Tezpur Lunatic Asylum reports 1895-1904 - 1895-1904
Year: 1895
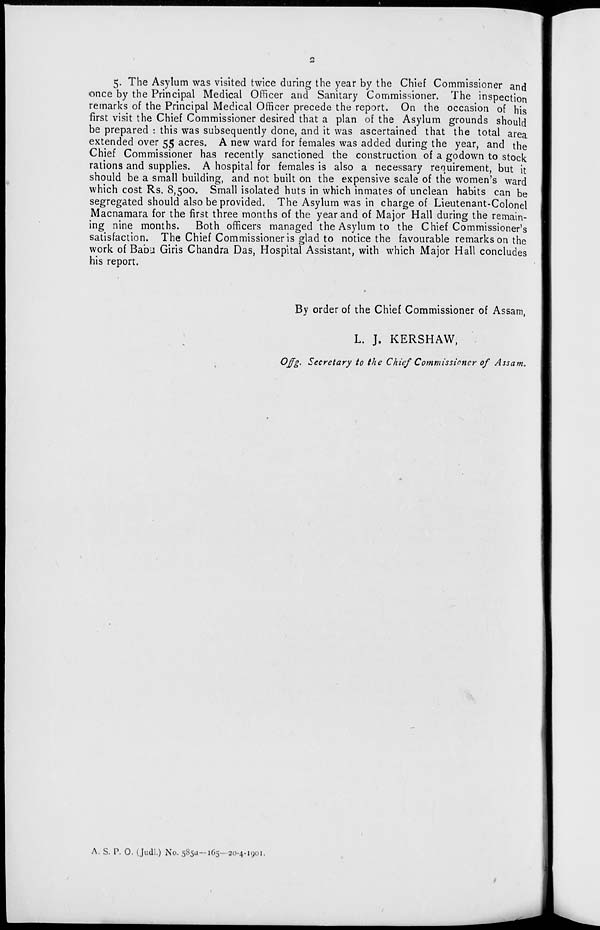
5. The Asylum was visited twice during the year by the Chief Commissioner and
once by the Principal Medical Officer and Sanitary Commissioner. The inspection
remarks of the Principal Medical Officer precede the report. On the occasion of his
first visit the Chief Commissioner desired that a plan of the Asylum grounds should
be prepared : this was subsequently done, and it was ascertained that the total area
extended over 55 acres. A new ward for females was added during the year, and the
Chief Commissioner has recently sanctioned the construction of a godown to stock
rations and supplies. A hospital for females is also a necessary requirement, but it
should be a small building, and not built on the expensive scale of the women's ward
which cost Rs. 8,500. Small isolated huts in which inmates of unclean habits can be
segregated should also be provided. The Asylum was in charge of Lieutenant-Colonel
Macnamara for the first three months of the year and of Major Hall during the remain-
ing nine months. Both officers managed the Asylum to the Chief Commissioner's
satisfaction. The Chief Commissioner is glad to notice the favourable remarks on the
work of Babu Giris Chandra Das, Hospital Assistant, with which Major Hall concludes
his report.
By order of the Chief Commissioner of Assam,
L. J. KERSHAW,
Offg. Secretary to the Chief Commissioner of Assam.
A. S. P. 0. (Judl.) No. 585a--165- 20-4-1 yo 1.